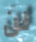
لن